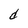
Character: d